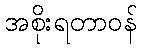
အစိုးရတာဝန်